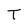
Character: T